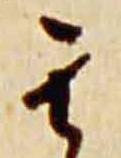
其